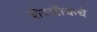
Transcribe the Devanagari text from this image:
शेरलॅाकचे